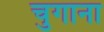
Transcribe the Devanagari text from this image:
चुगाना